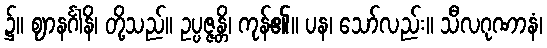
၌။ ဈာနင်္ဂါနိ၊ တို့သည်။ ဥပ္ပဇ္ဇန္တိ၊ ကုန်၏။ ပန၊ သော်လည်း။ သီလဂုဏာနံ၊